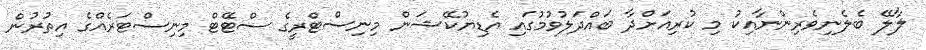
ލާލޭ ބެެލެނިވެރިންނާއިކު މި ކުރިއަަށްދާ ބައްދަލުވުމުގައި އެޑިޔުކޭޝަން މިނިސްޓްރީގެ ސްޓޭޓް މިނިސްޓަރެއްގެ އިތުރުން